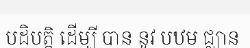
បដិបត្តិ ដើម្បី បាន នូវ បឋម ជ្ឈាន